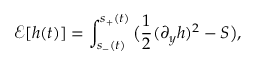
\mathcal E [ h ( t ) ] = \int _ { s _ { - } ( t ) } ^ { s _ { + } ( t ) } \big ( \frac 1 2 ( \partial _ { y } h ) ^ { 2 } - S \big ) \d y ,